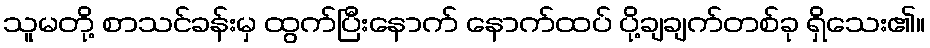
သူမတို့ စာသင်ခန်းမှ ထွက်ပြီးနောက် နောက်ထပ် ပို့ချချက်တစ်ခု ရှိသေး၏။